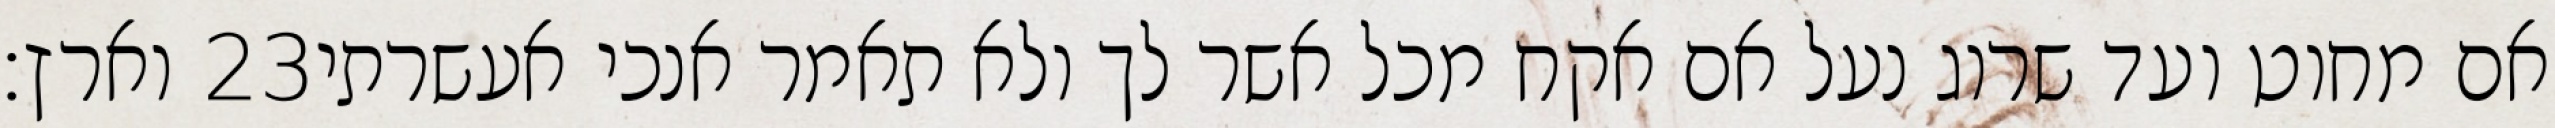
וארץ׃ ‎23‏ אם מחוט ועד שרוג נעל אם אקח מכל אשר לך ולא תאמר אנכי אעשרתי